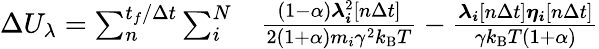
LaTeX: \begin{array}{rl}{\Delta U_{\lambda}=\sum_{n}^{t_{f}/\Delta t}\sum_{i}^{N}}&{{}\frac{(1-\alpha)\boldsymbol{\lambda_{i}}^{2}[n\Delta t]}{2(1+\alpha)m_{i}\gamma^{2}k_{\mathrm{B}}T}-\frac{\boldsymbol{\lambda_{i}}[n\Delta t]\boldsymbol{\eta_{i}}[n\Delta t]}{\gamma k_{\mathrm{B}}T(1+\alpha)}}\end{array}